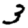
Digit: 3